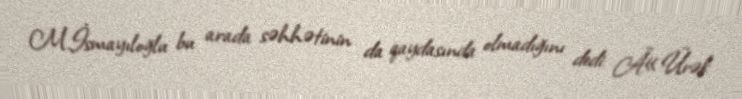
M.İsmayıloğlu bu arada səhhətinin da qaydasında olmadığını dedi: Â«Ürək